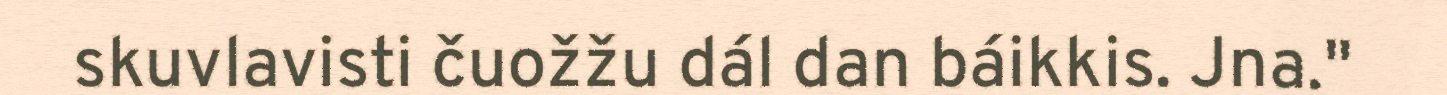
skuvlavisti čuožžu dál dan báikkis. Jna."